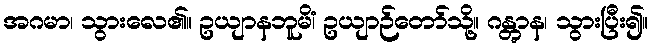
အဂမာ၊ သွားလေ၏။ ဥယျာနဘူမိံ၊ ဥယျာဉ်တော်သို့။ ဂန္တွာန၊ သွားပြီး၍။